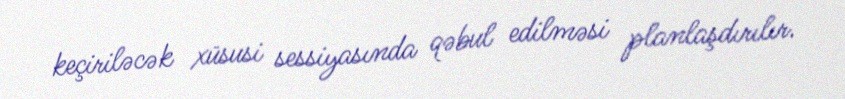
keçiriləcək xüsusi sessiyasında qəbul edilməsi planlaşdırılır.